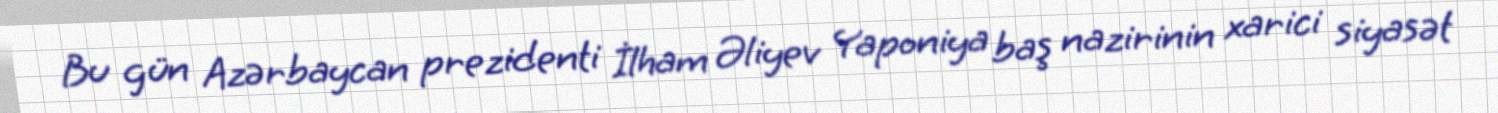
Bu gün Azərbaycan prezidenti İlham Əliyev Yaponiya baş nazirinin xarici siyasət